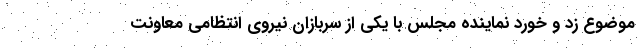
موضوع زد و خورد نماینده مجلس با یکی از سربازان نیروی انتظامی معاونت